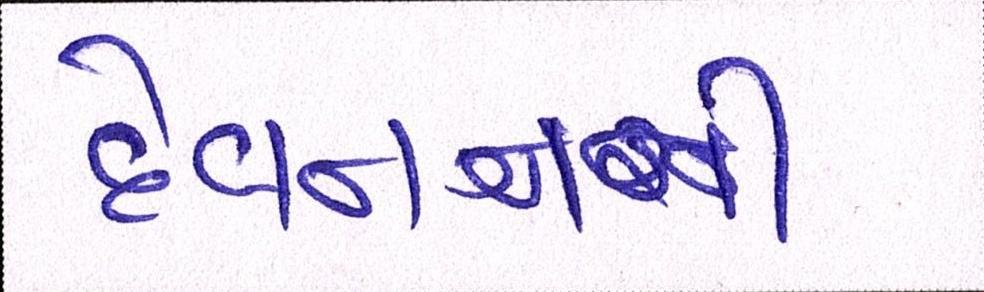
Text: દેવગનની